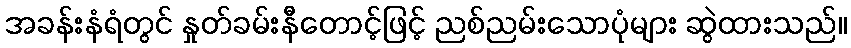
အခန်းနံရံတွင် နှုတ်ခမ်းနီတောင့်ဖြင့် ညစ်ညမ်းသောပုံများ ဆွဲထားသည်။